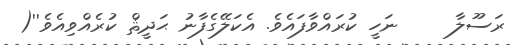
ރަސޫލާ     ނަހީ ކުރައްވާފައެވެ. އެކަލޭގެފާނު ޙަދީޘް ކުރެއްވިއެވެ''(